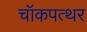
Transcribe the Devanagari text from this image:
चॉकपत्थर